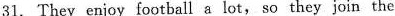
31. They enjoy football a lot, so they join the